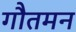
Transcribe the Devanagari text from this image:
गौतमन